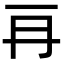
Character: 𠕂